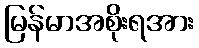
မြန်မာအစိုးရအား